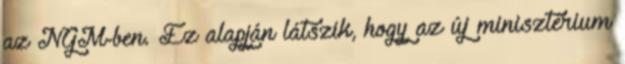
az NGM-ben. Ez alapján látszik, hogy az új minisztérium